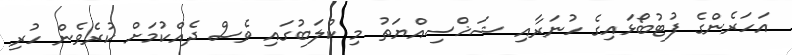
އަހަރެންގެ ފުޓުބޯޅައިގެ ހުނަރާއި ޝަޚްސިއްޔަތު މި ކްލަބުގައި ވެސް ދެއްކުމަށް ކުރެވެން ހުރި